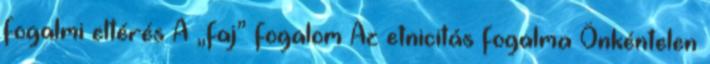
fogalmi eltérés A „faj” fogalom Az etnicitás fogalma Önkéntelen